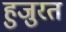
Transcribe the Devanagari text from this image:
हुजुरत